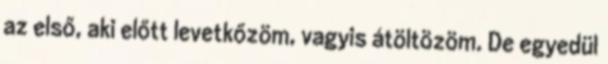
az első, aki előtt levetkőzöm, vagyis átöltözöm. De egyedül